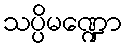
သပ္ပိမဏ္ဍော